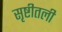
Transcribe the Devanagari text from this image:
सृष्टीतली